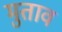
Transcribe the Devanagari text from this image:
मुताव